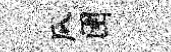
瓜圉